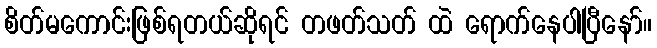
စိတ်မကောင်းဖြစ်ရတယ်ဆိုရင် တဖတ်သတ် ထဲ ရောက်နေပါပြီနော်။